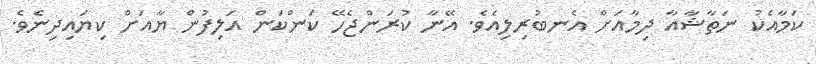
ކަމާއެކު ނަތާޝާއާ ދިމާއަށް އެނބުރިލިއެވެ. އޭނާ ކުރަންޖެހޭ ކަންކަން އަލިފުން ޔާއަށް ކިޔައިދިނެވެ.